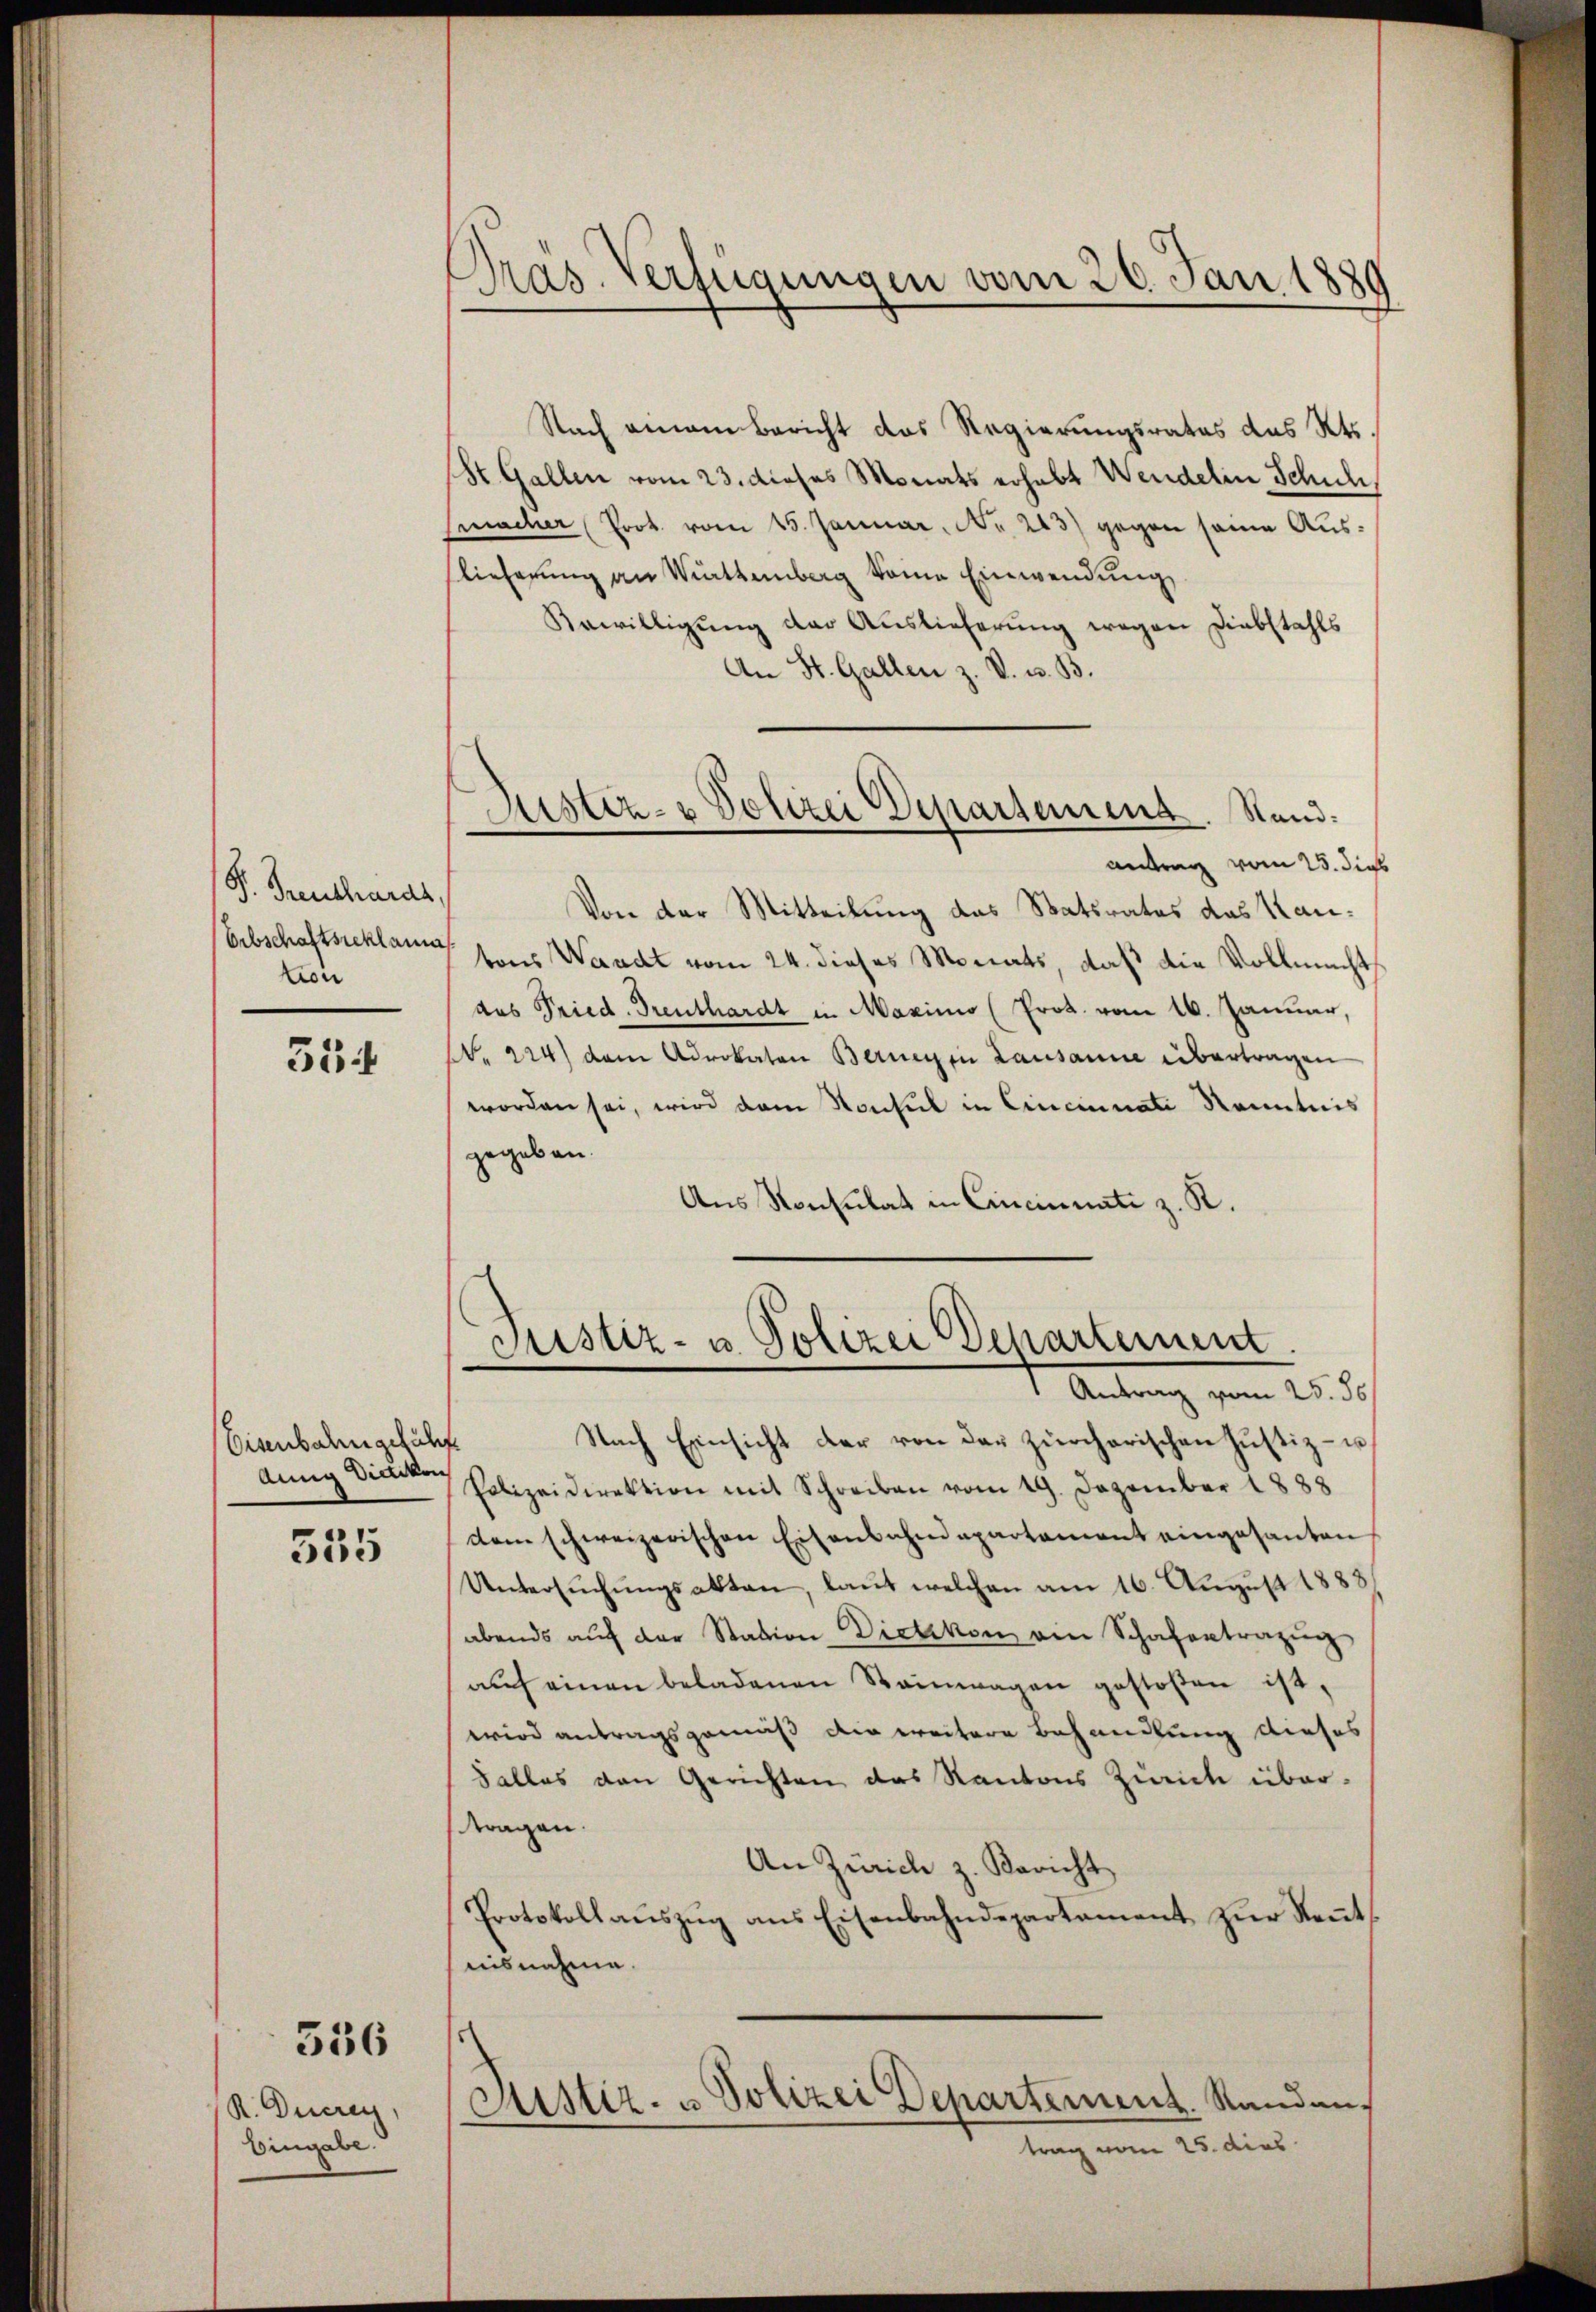
S. Treucharas,
Erbschaftsreklama
tion

354

Eisenbahngeführt
dung Dietikon

535

536

R. Ducreus
Eingabe.

Nach einem Bericht das Regierungsrates des Kts.
(St. Gallen vom 23. dieses Monats erhebt Wendelin Schule,
fmacher Prot. vom 15. Januar, No 223) gegen seine Auslieferung an Wattenberg keine Einwendung
Bewilligung der Auslieferung wegen Diebstahls
An St. Gallen z. V. u. B.
antrag vom 25. dies
Von der Mitteilung das Statsrates das Kantons Waadt vom 24. dieses Monats, daß die Vollmacht
des Pried-Drenthardt in Maximio (Prot. vom 16. Januar,
N 224) dem Advokaten Bernegen Lausanne übertragen
worden sei, wird dem Konsul in Cincinati Kenntnis
gegeben.
Aus Konsulat in Cincinati z. R.

Präs. Verfügungen vom 26. Jan. 1889

Aistiz- & Polizei Departement. Stand.

Justiz- u. Polizei Departement.
" Antrag vom 25. ds.

Nach Einsicht der von der zürcherischen Justiz- u.
Polizeidirektion mit Schreiben vom 19. Dezember 1888
dem schweizerischen Eisenbahndepartament eingesanten
Untersŭchŭngsakten, laut welchen am 16. August 1888
abends aŭf der Station Dietikon ein Schatentrazug
aŭf einen beladenen Steinwagen gestoßen ist,
wird antragsgemäß die weitere Behandlung dieses
Falles den Gerichten das Kantons Zürich übertragen.
An Zürich z. Bericht
Protokollaŭszŭg ans Eisenbahndepartament zŭr Keṅt-
nisnahme.
¬
Justiz- u Polizei Departement. Standantrag vom 25. dies